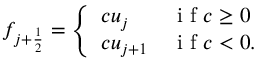
f _ { j + \frac { 1 } { 2 } } = \left\{ \begin{array} { l l } { c u _ { j } } & { \textnormal { i f } c \ge 0 } \\ { c u _ { j + 1 } } & { \textnormal { i f } c < 0 . } \end{array} \right.